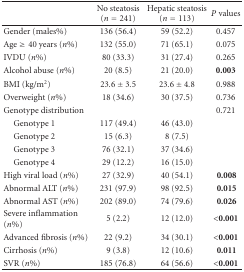
|  | No steatosis(n = 241) | Hepatic steatosis(n = 113) | P values |
 | --- | --- | --- | --- |
 | Gender (males%) | 136 (56.4) | 59 (52.2) | 0.457 |
 | Age ≥40 years (n%) | 132 (55.0) | 71 (65.1) | 0.075 |
 | IVDU (n%) | 80 (33.3) | 31 (27.4) | 0.265 |
 | Alcohol abuse (n%) | 20 (8.5) | 21 (20.0) | 0.003 |
 | BMI (kg/m2) | 23.6 ± 3.5 | 23.6 ± 4.8 | 0.988 |
 | Overweight (n%) | 18 (34.6) | 30 (37.5) | 0.736 |
 | Genotype distribution |  |  | 0.721 |
 | Genotype 1 | 117 (49.4) | 46 (43.0) |  |
 | Genotype 2 | 15 (6.3) | 8 (7.5) |  |
 | Genotype 3 | 76 (32.1) | 37 (34.6) |  |
 | Genotype 4 | 29 (12.2) | 16 (15.0) |  |
 | High viral load (n%) | 27 (32.9) | 40 (54.1) | 0.008 |
 | Abnormal ALT (n%) | 231 (97.9) | 98 (92.5) | 0.015 |
 | Abnormal AST (n%) | 202 (89.0) | 74 (79.6) | 0.026 |
 | Severe inflammation (n%) | 5 (2.2) | 12 (12.0) | <0.001 |
 | Advanced fibrosis (n%) | 22 (9.2) | 34 (30.1) | <0.001 |
 | Cirrhosis (n%) | 9 (3.8) | 12 (10.6) | 0.011 |
 | SVR (n%) | 185 (76.8) | 64 (56.6) | <0.001 |